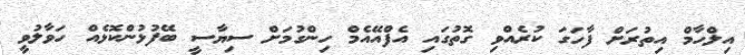
އިލްހާމް އިތުރަށް ފާހަގަ ކުރެއްވި ގޮތުގައި އެފްއޭއެމް ހިންގުމަށް ސިޔާސީ ބޭފުޅުންކޮޅެއް ހަވާލުވީ